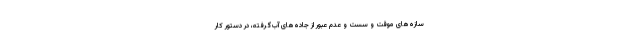
سازه‌های موقت و سست و عدم عبور از جاده‌های آب‌گرفته، در دستور کار